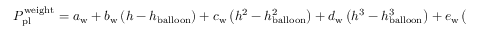
\begin{array} { r } { P _ { \mathrm { p l } } ^ { \mathrm { w e i g h t } } = a _ { \mathrm { w } } + b _ { \mathrm { w } } \left( h - h _ { \mathrm { b a l l o o n } } \right) + c _ { \mathrm { w } } \left( h ^ { 2 } - h _ { \mathrm { b a l l o o n } } ^ { 2 } \right) + d _ { \mathrm { w } } \left( h ^ { 3 } - h _ { \mathrm { b a l l o o n } } ^ { 3 } \right) + e _ { \mathrm { w } } \left( h ^ { 4 } - h _ { \mathrm { b a l l o o n } } ^ { 4 } \right) , } \end{array}